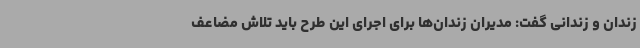
زندان و زندانی گفت: مدیران زندان‌ها برای اجرای این طرح باید تلاش مضاعف